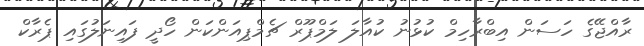
ރާއްޖޭގެ ހަސަން އިބްރާހިމް ކުޅުނު ކުއާލަ ލަމްޕޫރް ޗެމްޕިއަންކަން ހޯދީ ފައިނަލުގައި ޕެރާކް